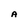
Character: A